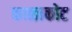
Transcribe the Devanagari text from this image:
काळाकोट